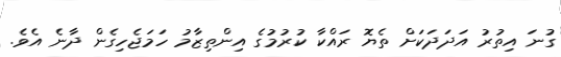
ގުނަ އިތުރު އަދަދަކަށް ތެޔޮ ރައްކާ ކުރުމުގެ އިންތިޒާމު ހަމަޖެހިގެން ދާނެ އެވެ.